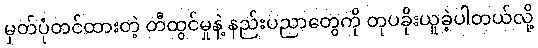
မှတ်ပုံတင်ထားတဲ့ တီထွင်မှုနဲ့ နည်းပညာတွေကို တုပခိုးယူခဲ့ပါတယ်လို့